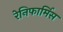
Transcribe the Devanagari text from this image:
रेनिफार्मिस